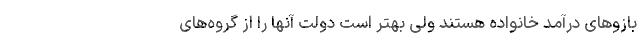
بازوهای درآمد خانواده هستند ولی بهتر است دولت آنها را از گروه‌های